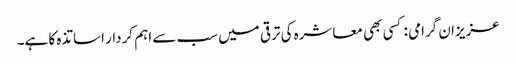
عزیزان گرامی : کسی بھی معاشرہ کی ترقی میں سب سے اہم کردار اساتذہ کا ہے۔